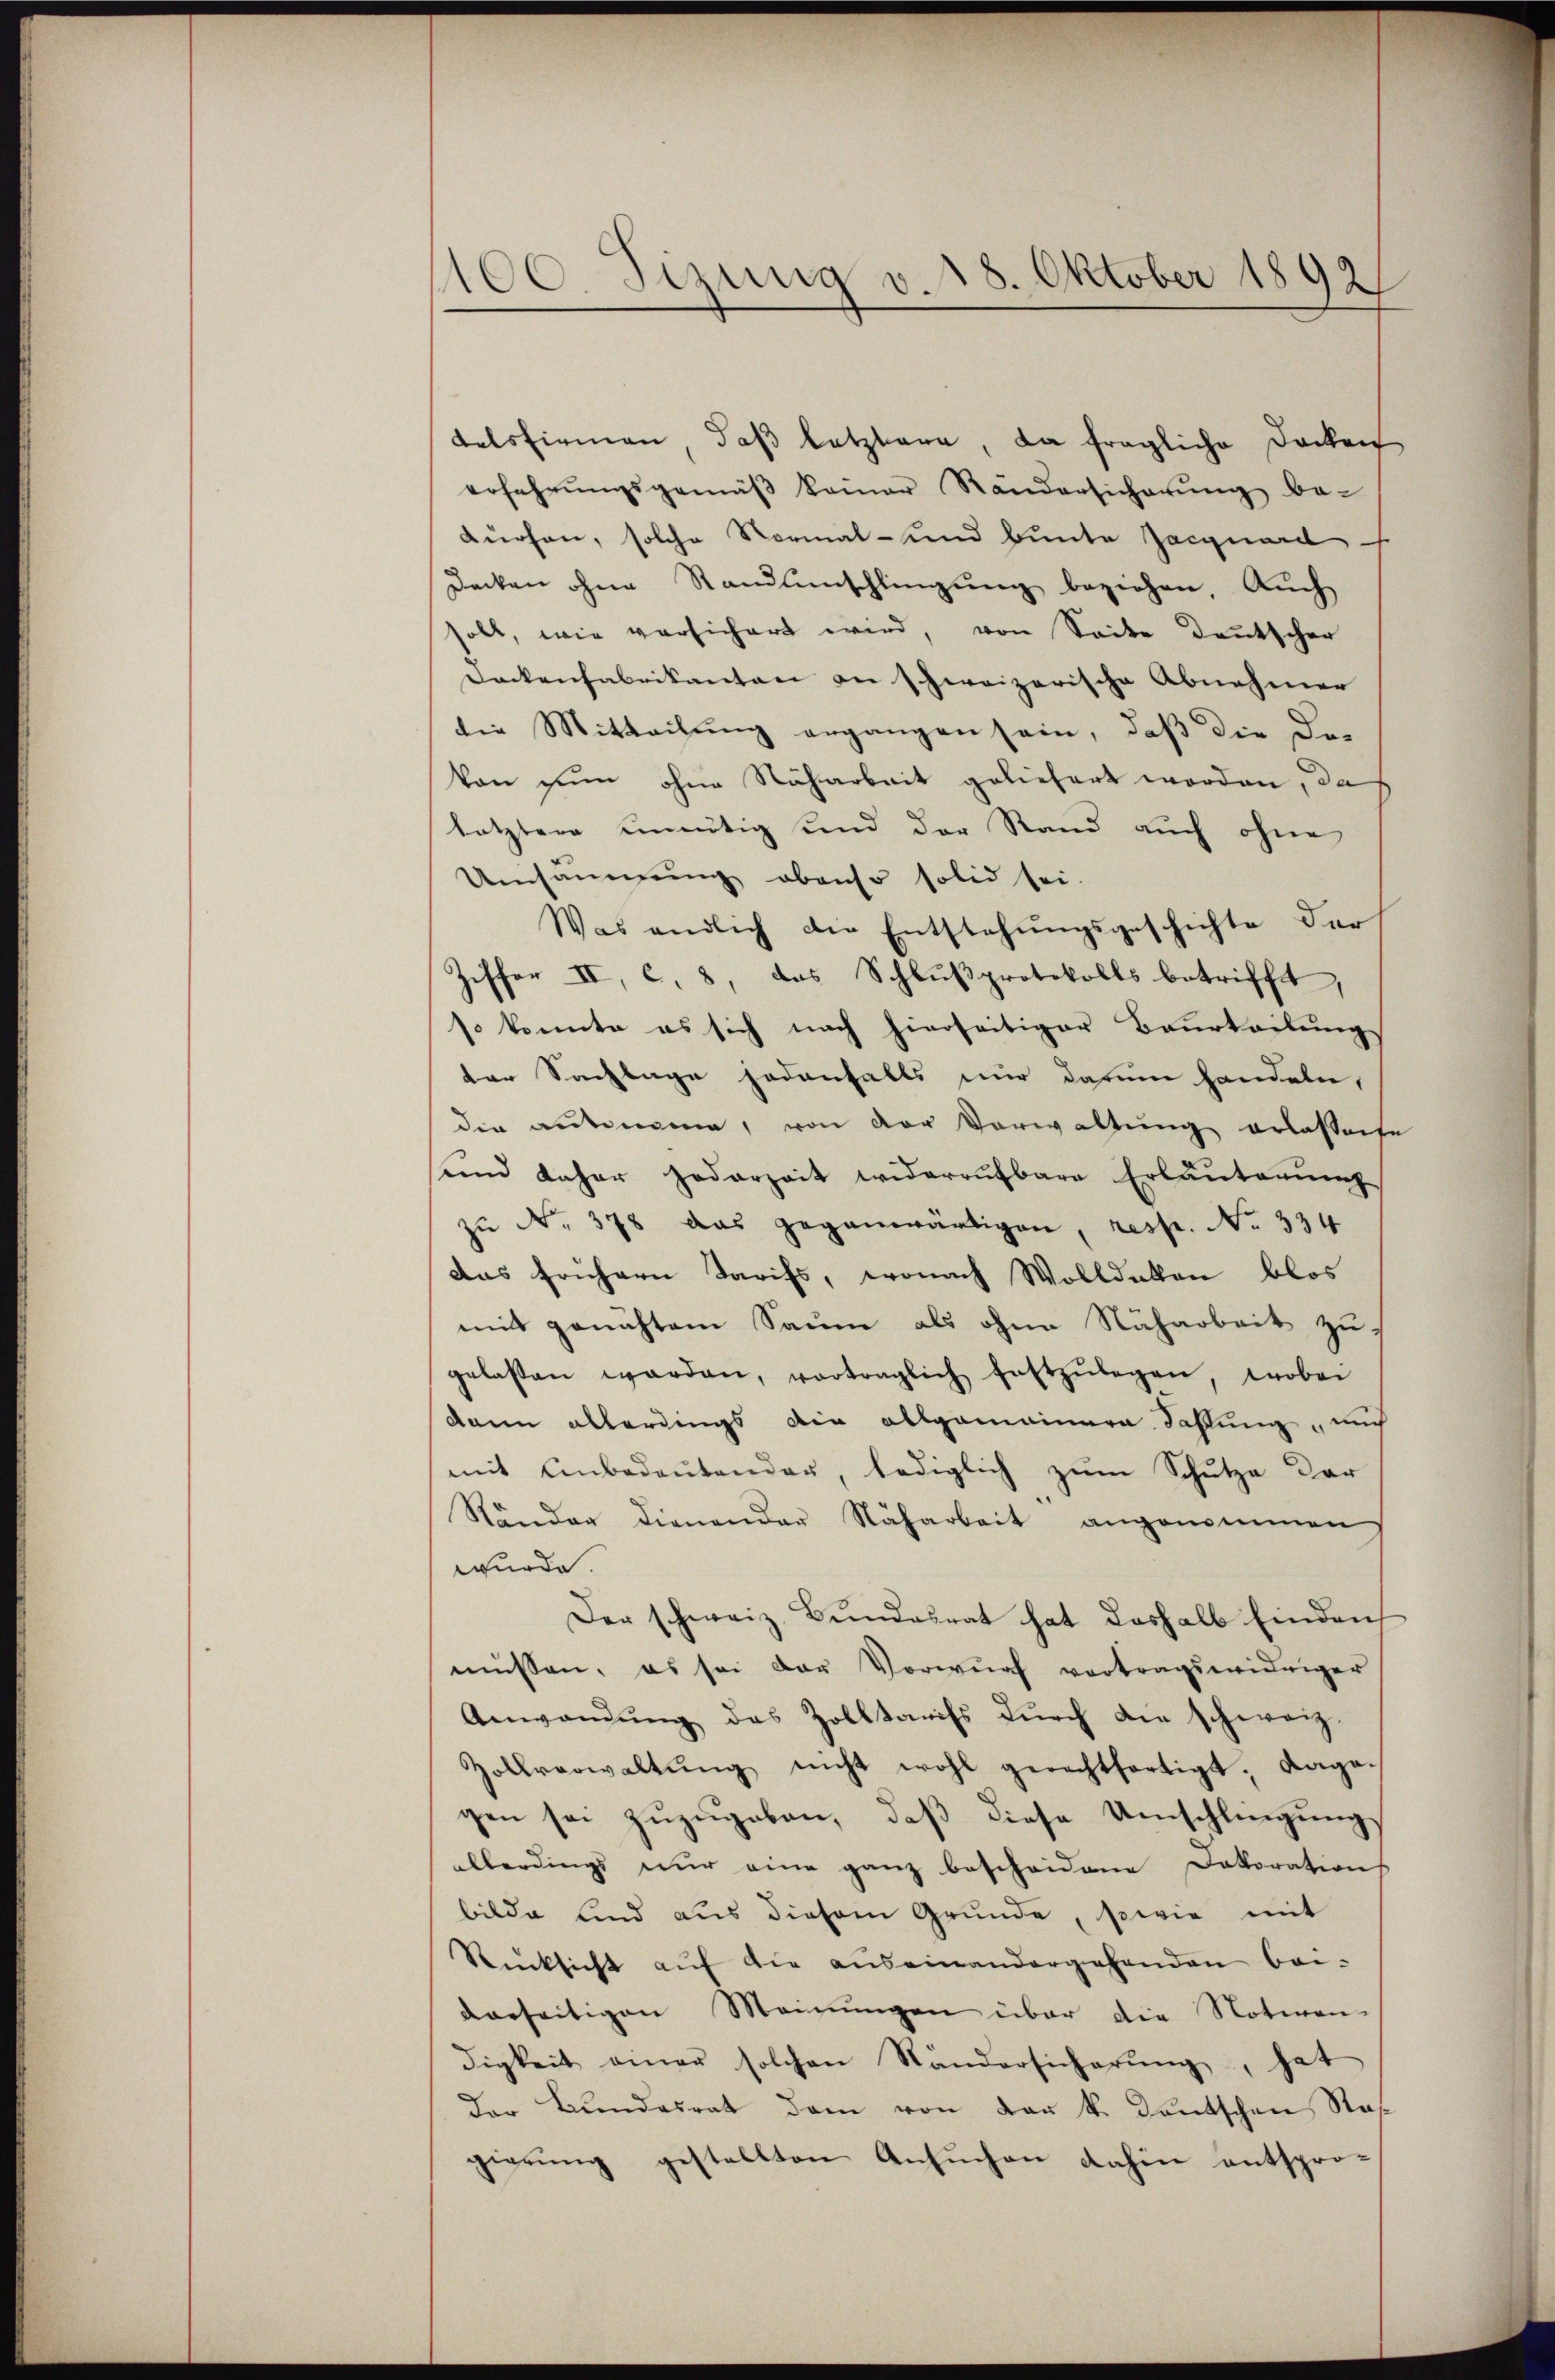
1100. Sizung v. 18. Oktober 1892

delsfirmen, daβ letztere, da fragliche Docken
erfahrŭngsgemäβ keiner Rändersicherŭng be-
Kurhen, solche Vormal- und bunte Jacquard
Decken ohne Standsschlingung beziehen. Auch
soll, wie versichert wird, von Seite deutscher
Dockenfabrikanton an schweizerische Abnehmer
die Mitteilung ergangen sein, daß die De-
von nun ohne Näharbeit geliefert worden, das
letztere uneutig und der Stand auch ohne
Umsäumung obenso solid sei.
Was endlich die Entstehungsgeschichte der
Ziffer II, c. 8, das Schlußprotokolls betrifft,
so konnte es sich nach hierseitiger Beurteilung
der Sachlage jedenfalls nur darum handeln,
die autonomie, von der Verwaltung erlassente
sund daher jederzeit widerrufbare Erläuterung
zŭ N. 378 das gegenwärtigen, resp. No 334
das frühern Tarifs, wonach Wolldaten blos
mit genichtem Saum als ohne Nacharbeit zugelasten werden, vortraglich festzŭlegen, wobei
dann allerdings die allgemeinere Zahlung, mich
mit Anbedeŭtender, lediglich zum Schutze der
Ränder dienender Nacharbeit angenommen
wurde
Der schweiz. Bŭndesrat hat deshalb Eindruch
müssen, es sei der Vorwurf vortragswidriger
Anwandŭng das Zolltarifs dŭrch die schweiz.
Zollverwaltŭng nicht wohl gerechtfertigt, dage-
gen sei zuzugeben, daß diese Umschlingung
allerdings nŭr eine ganz bescheidene Dekoration
bilde sind aus diesem Grunde, sowie mit
Rücksicht aŭf die auseinandergehenden bei-
derseitigen Meinungen über die Notiren-
digkeit ainer solchen Ständersicherŭng, hat
Der Bundesrat dem von der k. Kautschen Nasgierŭng gestellten Ansŭchen dahin entspro-